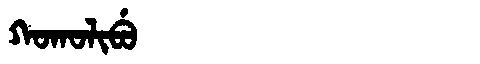
Manchu: ᡴᠣᡴᠣᠯᡳᠪᡠ
Romanization: KOKOLIBU